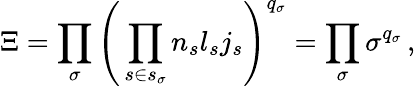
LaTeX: \Xi=\prod_{\sigma}\Bigg(\prod_{s\in s_{\sigma}}n_{s}l_{s}j_{s}\Bigg)^{q_{\sigma}}=\prod_{\sigma}\sigma^{q_{\sigma}}\, ,